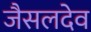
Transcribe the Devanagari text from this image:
जैसलदेव